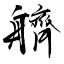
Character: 艩